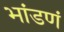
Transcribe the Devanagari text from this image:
भांडणं